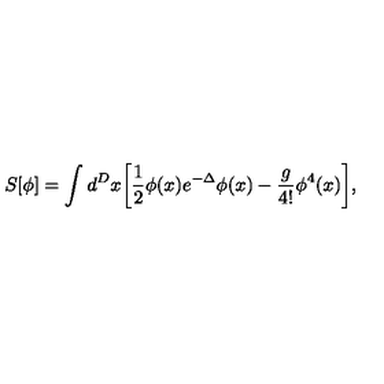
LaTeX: S [ \phi ] = \int d ^ { D } x \biggl [ \frac { 1 } { 2 } \phi ( x ) e ^ { - \Delta } \phi ( x ) - \frac { g } { 4 ! } \phi ^ { 4 } ( x ) \biggr ] ,